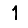
Digit: 1